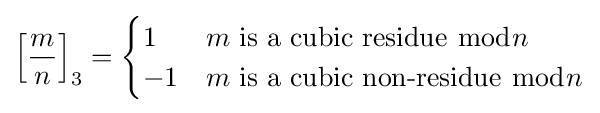
\left[{\frac {m}{n}}\right]_{3}={\begin{cases}1&m{\text{ is a cubic residue }}{\bmod {n}}\\-1&m{\text{ is a cubic non-residue }}{\bmod {n}}\end{cases}}